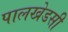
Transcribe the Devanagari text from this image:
पालखेडसी